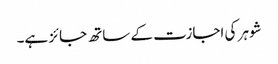
شوہر کی اجازت کے ساتھ جائز ہے۔